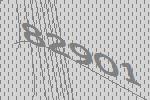
82901